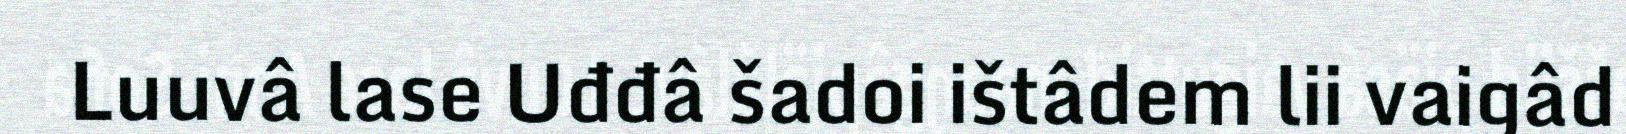
Luuvâ lase Uđđâ šadoi ištâdem lii vaigâd